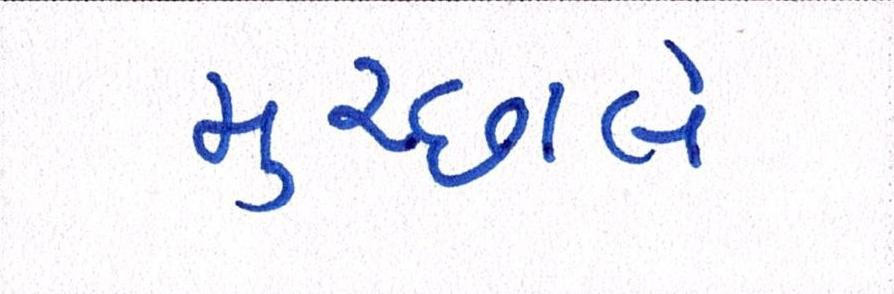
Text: મુચ્છાલે